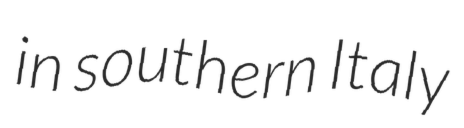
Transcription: in southern Italy